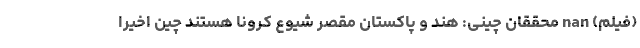
(فیلم) nan محققان چینی: هند و پاکستان مقصر شیوع کرونا هستند چین اخیرا